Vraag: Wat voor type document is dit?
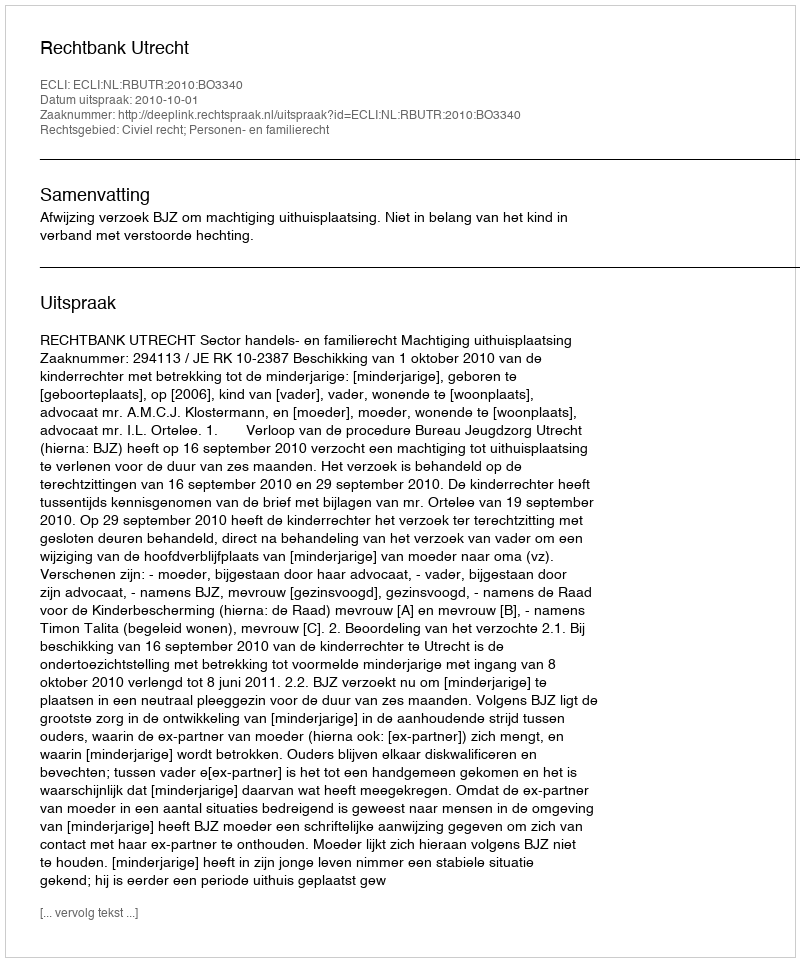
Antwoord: Uitspraak